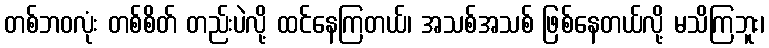
တစ်ဘဝလုံး တစ်စိတ် တည်းပဲလို့ ထင်နေကြတယ်၊ အသစ်အသစ် ဖြစ်နေတယ်လို့ မသိကြဘူး၊